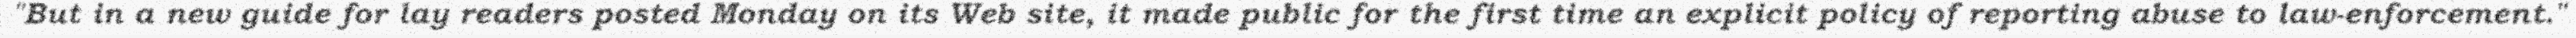
"But in a new guide for lay readers posted Monday on its Web site, it made public for the first time an explicit policy of reporting abuse to law-enforcement."